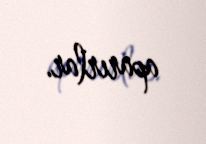
aparırlar.